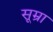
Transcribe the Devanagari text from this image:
सूम्रा